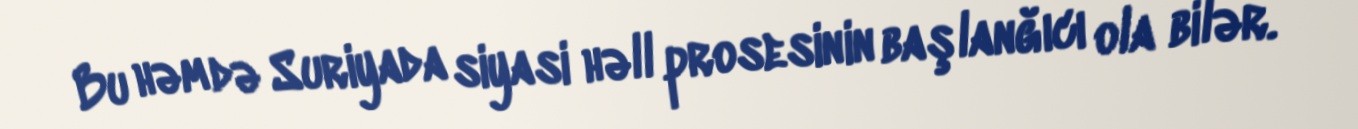
Bu həm də Suriyada siyasi həll prosesinin başlanğıcı ola bilər.